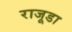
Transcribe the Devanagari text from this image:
राजूडा